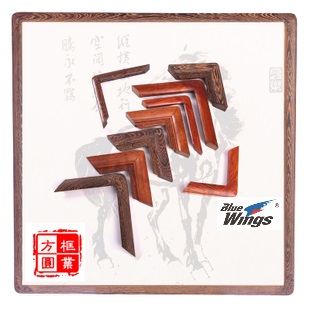
轮匠执其规矩，以度天下之方圆